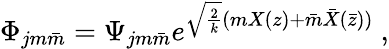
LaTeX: \Phi_{jm\bar{m}}=\Psi_{jm\bar{m}}e^{\sqrt{\frac{2}{k}}(mX(z)+\bar{m}\bar{X}(\bar{z}))}~,